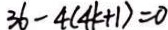
3 6 - 4 ( 4 k + 1 ) = 0